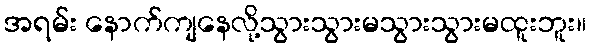
အရမ်း နောက်ကျနေလို့သွားသွားမသွားသွားမထူးဘူး။